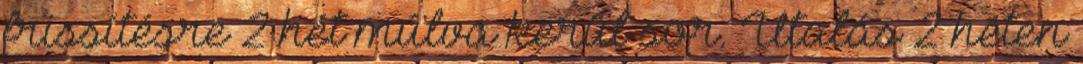
frissítésre 2 hét múlva kerül sor. Utalás 2 héten